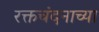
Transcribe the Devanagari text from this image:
रक्तचंदनाच्या